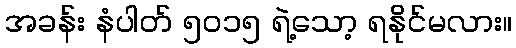
အခန်း နံပါတ် ၅၀၁၅ ရဲ့သော့ ရနိုင်မလား။